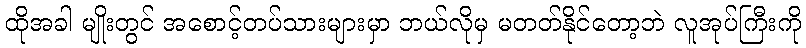
ထိုအခါ မျိုးတွင် အစောင့်တပ်သားများမှာ ဘယ်လိုမှ မတတ်နိုင်တော့ဘဲ လူအုပ်ကြီးကို